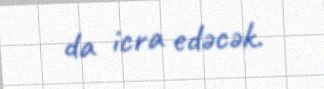
da icra edəcək.